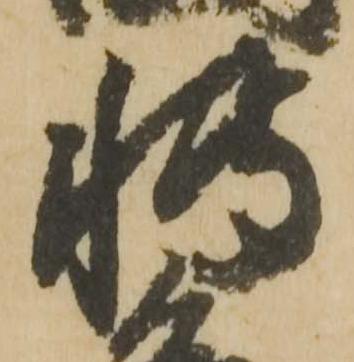
博